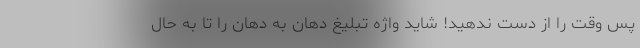
پس وقت را از دست ندهید! شاید واژه تبلیغ دهان به دهان را تا به حال